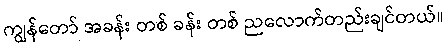
ကျွန်တော် အခန်း တစ် ခန်း တစ် ညလောက်တည်းချင်တယ်။